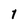
Character: 1